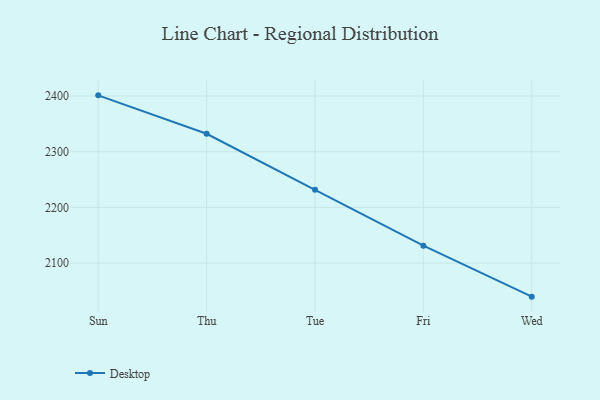
{"axis": {"x": "Day", "y": "Customer Acquisition Cost (USD)"}, "legend": ["Desktop"], "data": [{"x": "Sun", "y": 2401.2, "type": "Desktop"}, {"x": "Thu", "y": 2332.2, "type": "Desktop"}, {"x": "Tue", "y": 2231.5, "type": "Desktop"}, {"x": "Fri", "y": 2131.3, "type": "Desktop"}, {"x": "Wed", "y": 2039.8, "type": "Desktop"}]}